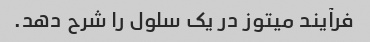
فرآیند میتوز در یک سلول را شرح دهد.